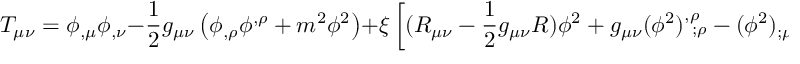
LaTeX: T _ { \mu \nu } = \phi _ { , \mu } \phi _ { , \nu } - \frac 1 2 g _ { \mu \nu } \left( \phi _ { , \rho } \phi ^ { , \rho } + m ^ { 2 } \phi ^ { 2 } \right) + \xi \left[ ( R _ { \mu \nu } - \frac 1 2 g _ { \mu \nu } R ) \phi ^ { 2 } + g _ { \mu \nu } ( \phi ^ { 2 } ) _ { ~ ; \rho } ^ { , \rho } - ( \phi ^ { 2 } ) _ { ; \mu \nu } \right] \, .